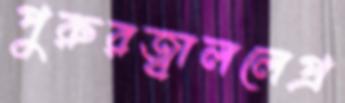
পুরুরজ্বাললেপ্র